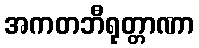
အကတဘီရုတ္တာဏာ